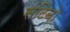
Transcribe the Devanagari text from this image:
संटिनो